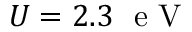
U = 2 . 3 \ \mathrm { ~ e ~ V ~ }